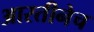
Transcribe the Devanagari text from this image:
आरतीनेच